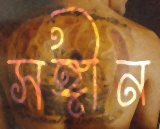
সঙ্গীন